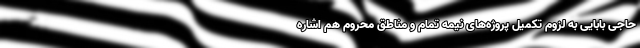
حاجی بابایی به لزوم تکمیل پروژه‌های نیمه تمام و مناطق محروم هم اشاره